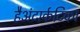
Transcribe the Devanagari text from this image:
हैअंटार्कटिका